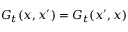
G _ { t } ( x , x ^ { \prime } ) = G _ { t } ( x ^ { \prime } , x )